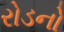
રોડનો